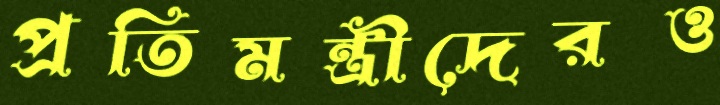
প্রতিমন্ত্রীদেরও